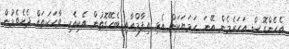
އެހެންގޮސް އަހަރެމެން އޭނަ ހަމަޔަކަށް އެޅި އިފާމްއާއި ބެހޭގޮތުން އެކިއެކި ވާހަކަތައް ދެކެވެމުން